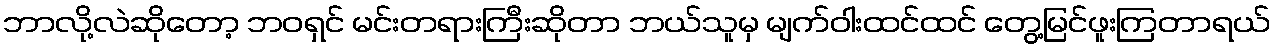
ဘာလို့လဲဆိုတော့ ဘဝရှင် မင်းတရားကြီးဆိုတာ ဘယ်သူမှ မျက်ဝါးထင်ထင် တွေ့မြင်ဖူးကြတာရယ်